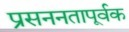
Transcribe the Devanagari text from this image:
प्रसननतापूर्वक